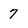
Character: 7